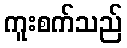
ကူးစက်သည်